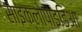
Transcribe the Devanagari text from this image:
साइक्लोपाइडिआ